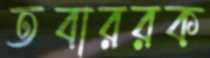
তবাররক